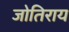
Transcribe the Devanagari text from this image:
जोतिराय